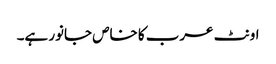
اونٹ عرب کا خاص جانور ہے۔